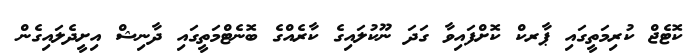
ކޮޓެޖް ކުރިމަތީގައި ޕާރކް ކޮށްފައިވާ ގަދަ ނޫކުލައިގެ ކާރެއްގެ ބޮނެޓްމަތީގައި ދާނިޝް އިށީދެލައިގެން